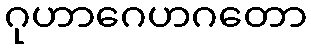
ဂုဟာဂေဟဂတော